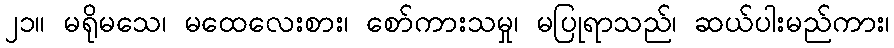
၂၁။ မရိုမသေ၊ မထေလေးစား၊ စော်ကားသမှု၊ မပြုရာသည်၊ ဆယ်ပါးမည်ကား၊